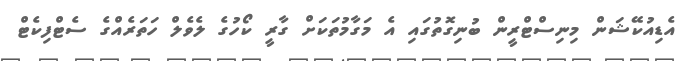
އެޑިއުކޭޝަން މިނިސްޓްރީން ބުނިގޮތުގައި އެ މަގާމުތަކަށް ގާރީ ކޯހުގެ ލެވެލް ހަތަރެއްގެ ސެޓްފިކެޓް